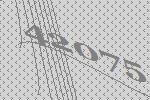
42075